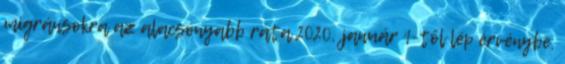
migránsokra az alacsonyabb ráta 2020. január 1-től lép érvénybe.